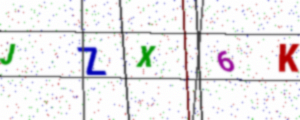
Text: JZX6K